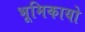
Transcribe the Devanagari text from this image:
भूमिकायो